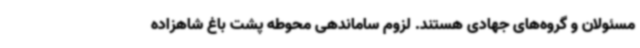
مسئولان و گروه‌های جهادی هستند. لزوم ساماندهی محوطه پشت باغ شاهزاده